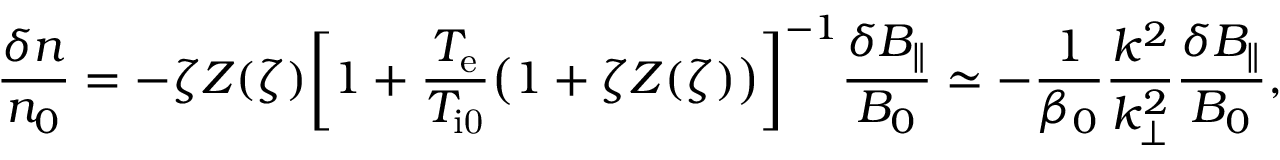
\frac { \delta n } { n _ { 0 } } = - \zeta Z ( \zeta ) \biggl [ 1 + \frac { T _ { \mathrm { e } } } { T _ { \mathrm { i 0 } } } \bigl ( 1 + \zeta Z ( \zeta ) \bigr ) \biggr ] ^ { - 1 } \frac { \delta B _ { \parallel } } { B _ { 0 } } \simeq - \frac { 1 } { \beta _ { 0 } } \frac { k ^ { 2 } } { k _ { \perp } ^ { 2 } } \frac { \delta B _ { \parallel } } { B _ { 0 } } ,